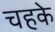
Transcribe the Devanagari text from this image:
चहके